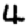
Digit: 4